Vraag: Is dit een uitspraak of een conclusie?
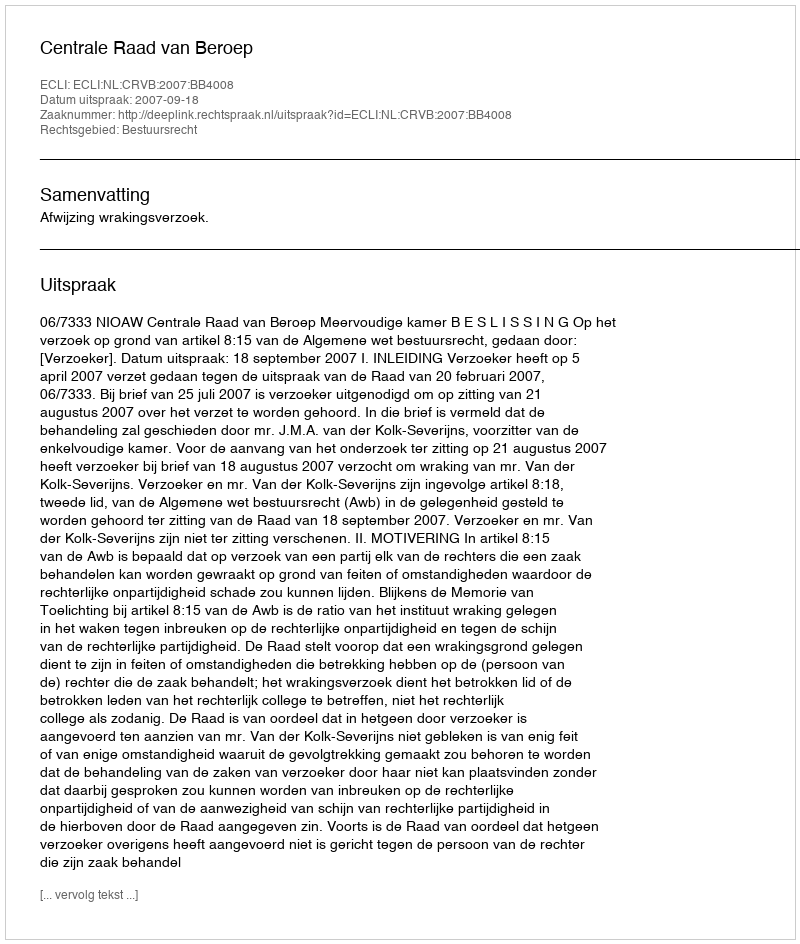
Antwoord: Uitspraak